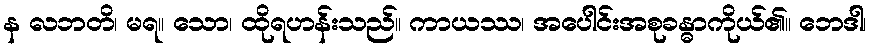
န လဘတိ၊ မရ။ သော၊ ထိုရဟန်းသည်။ ကာယဿ၊ အပေါင်းအစုခန္ဓာကိုယ်၏။ ဘေဒါ၊